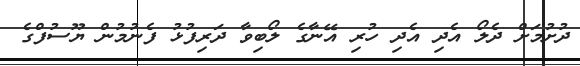
ދުށުމަށް ދެލޯ އެދި އެދި ހުރި އޭނާގެ ލޯބިވާ ދަރިފުޅު ފެނުމުން ޔޫސުފްގެ